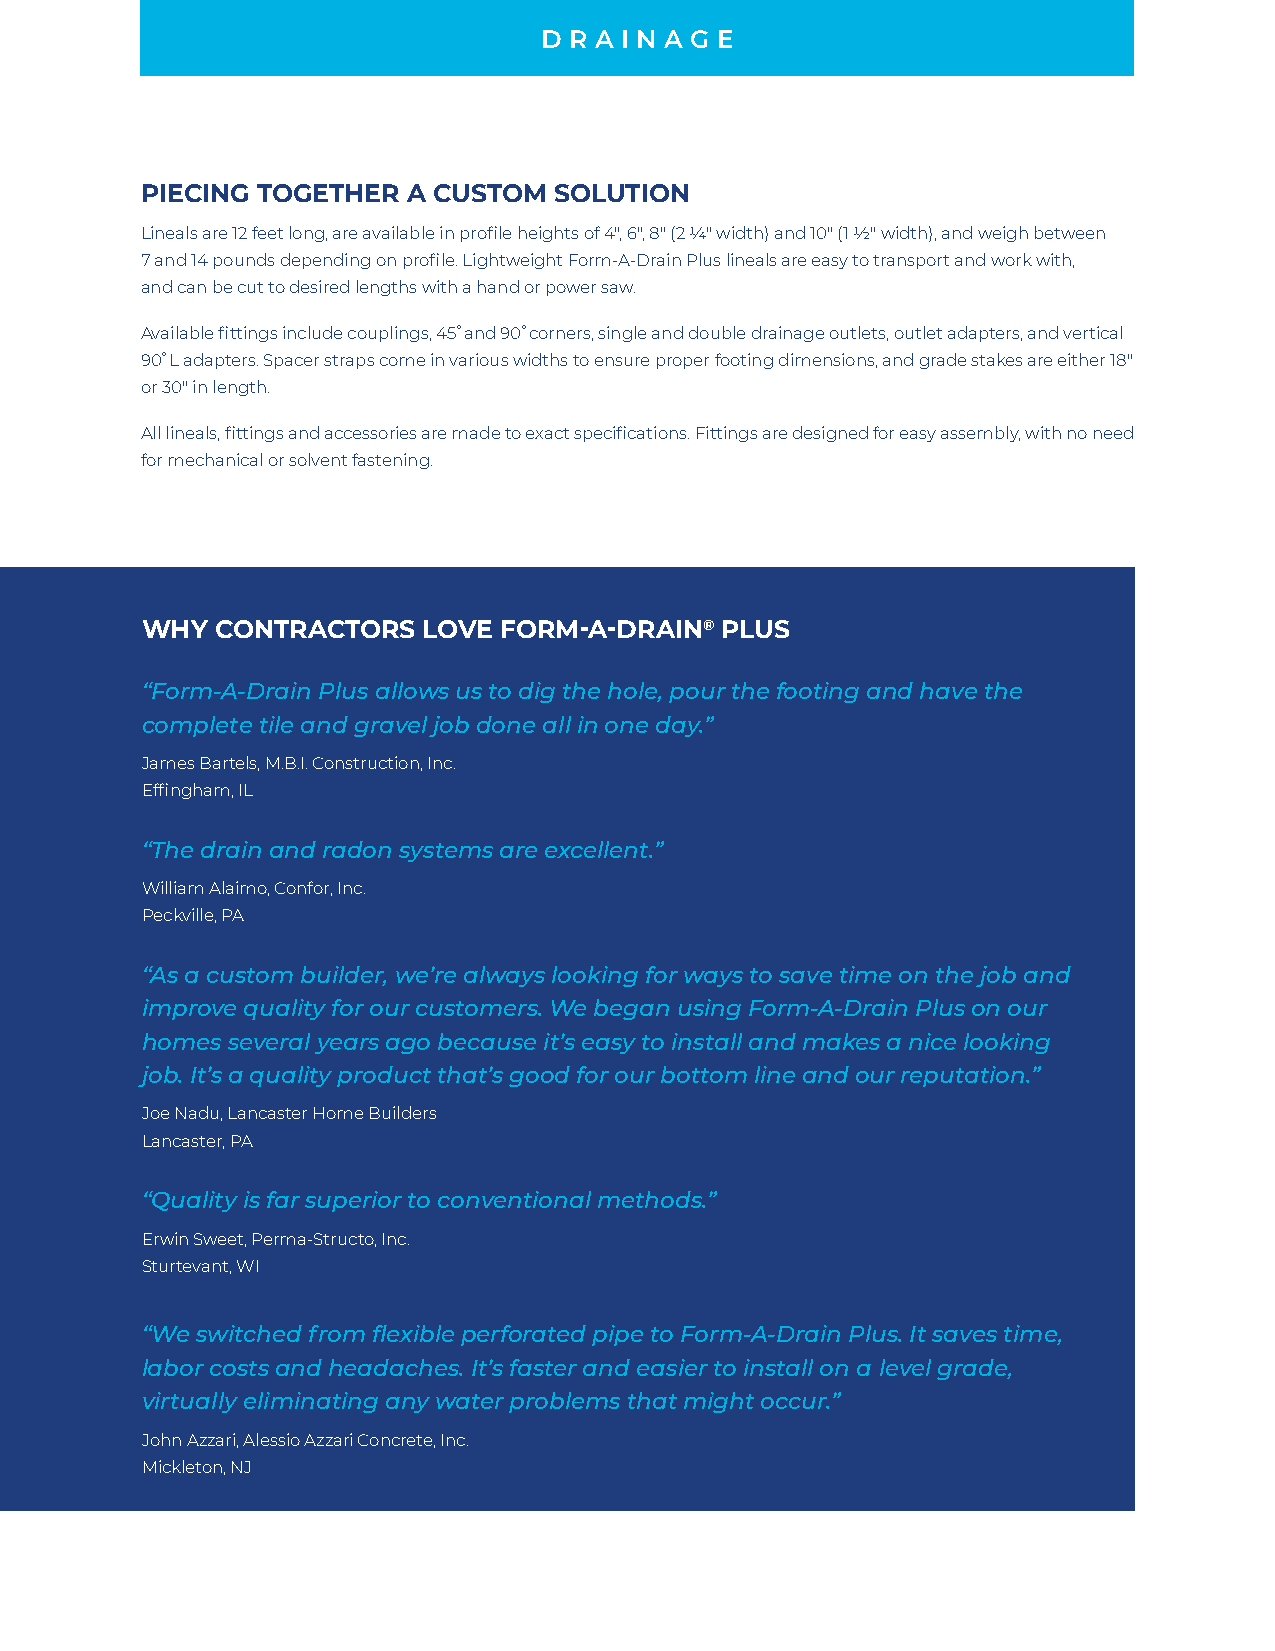
D R A I N A G E
 PIECING TOGETHER  A CUSTOM  SOLUTION
 Lineals are 12 feet long, are available in profile heights of 4", 6", 8" (2 ¼" width) and 10" (1 ½" width), and weigh between
 7 and 14 pounds depending on profile. Lightweight Form-A-Drain Plus lineals are easy to transport and work with,
 and can be cut to desired lengths with a hand or power saw.
 Available fittings include couplings, 45 ̊and 90 ̊corners, single and double drainage outlets, outlet adapters, and vertical
 90 ̊L adapters. Spacer straps come in various widths to ensure proper footing dimensions, and grade stakes are either 18"
 or 30" in length.
 All lineals, fittings and accessories are made to exact specifications. Fittings are designed for easy assembly, with no need
 for mechanical or solvent fastening.
 WHY  CONTRACTORS   LOVE FORM-A-DRAIN®  PLUS
 “Form-A-Drain Plus allows us to dig the hole, pour the footing and have the
 complete tile and gravel job done all in one day.”
 James Bartels, M.B.I. Construction, Inc.
 Effingham, IL
 “The drain and radon systems are excellent.”
 William Alaimo, Confor, Inc.
 Peckville, PA
 “As a custom builder, we’re always looking for ways to save time on the job and
 improve quality for our customers. We began using Form-A-Drain Plus on our
 homes several years ago because it’s easy to install and makes a nice looking
 job. It’s a quality product that’s good for our bottom line and our reputation.”
 Joe Nadu, Lancaster Home Builders
 Lancaster, PA
 “Quality is far superior to conventional methods.”
 Erwin Sweet, Perma-Structo, Inc.
 Sturtevant, WI
 “We switched from flexible perforated pipe to Form-A-Drain Plus. It saves time,
 labor costs and headaches. It’s faster and easier to install on a level grade,
 virtually eliminating any water problems that might occur.”
 John Azzari, Alessio Azzari Concrete, Inc.
 Mickleton, NJ